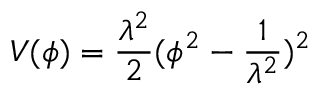
V ( \phi ) = \frac { \lambda ^ { 2 } } { 2 } ( \phi ^ { 2 } - \frac { 1 } { \lambda ^ { 2 } } ) ^ { 2 }